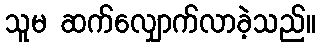
သူမ ဆက်လျှောက်လာခဲ့သည်။